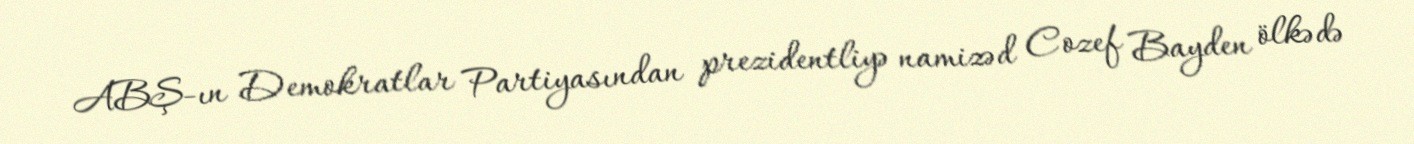
ABŞ-ın Demokratlar Partiyasından prezidentliyə namizəd Cozef Bayden ölkədə